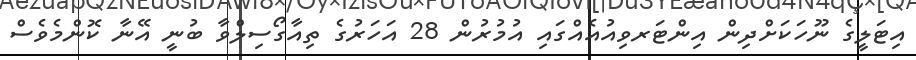
އިޓަލީގެ ނޫހަކަށްދިން އިންޓަރވިއުއެއްގައި އުމުރުން 28 އަހަރުގެ ތިއާގޯސިލްވާ ބުނީ އޭނާ ކޮންމެވެސް